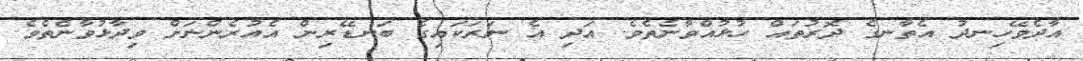
އާދެވޭހިނދު އެތާނގެ ދޮރުތައް ހުޅުއްވާނެތެވެ. އަދި އެ ނަރަކައިގެ ބަނޑޭރިން އެއުރެންނަށް ވިދާޅުވާނެތެވެ.